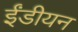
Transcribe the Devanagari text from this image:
ईंडीयन